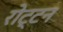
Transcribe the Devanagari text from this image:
रोट्टन